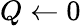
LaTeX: Q\leftarrow 0